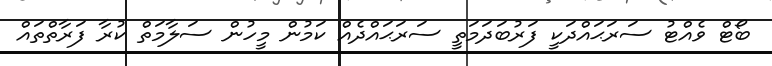
ބޯޓް ވެއްޓު ސަރަޙައްދަކީ ފަރުބަދަމަތީ ސަރަޙައްދެއް ކަމުން މީހުން ސަލާމަތް ކުރާ ފަރާތްތައް